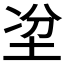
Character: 𡋇